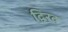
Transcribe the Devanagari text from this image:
द्विरद